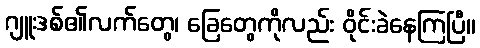
ဂျူးဒစ်၏လက်တွေ၊ ခြေတွေကိုလည်း ဝိုင်းခဲနေကြပြီ။